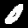
Digit: 0